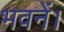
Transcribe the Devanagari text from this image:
भवनें।